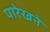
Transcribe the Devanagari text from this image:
पारेखने